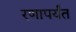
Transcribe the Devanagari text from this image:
रणापर्यंत